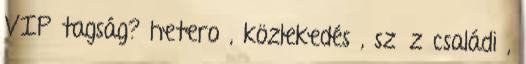
VIP tagság? hetero , közlekedés , szűz családi ,